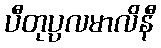
ပီတုပ္ပလမာလိနီ